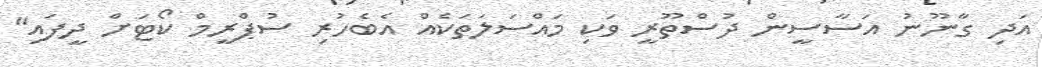
އަދި ގާނޫނު އަސާސީން ދުސްތޫރީ ވަކި މައްސަލަތަކެއް އެބެހުރި ސުޕްރީމް ކޯޓަށް ދީފައި"